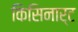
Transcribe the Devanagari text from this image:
किसिनार्ट